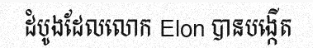
ដំបូងដែលលោក Elon បានបង្កើត